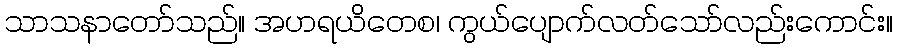
သာသနာတော်သည်။ အဟရယိတေစ၊ ကွယ်ပျောက်လတ်သော်လည်းကောင်း။